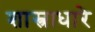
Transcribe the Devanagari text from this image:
शास्त्राधारे